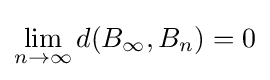
\lim _{n\to \infty }d(B_{\infty },B_{n})=0